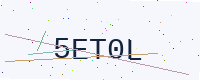
Text: 5ET0L